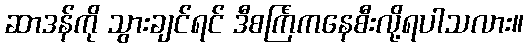
ဆာဒန်ကို သွားချင်ရင် ဒီစင်္ကြံကနေစီးလို့ရပါသလား။